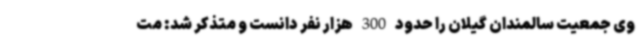
وی جمعیت سالمندان گیلان را حدود 300 هزار نفر دانست و متذکر شد: مت